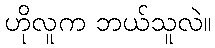
ဟိုလူက ဘယ်သူလဲ။